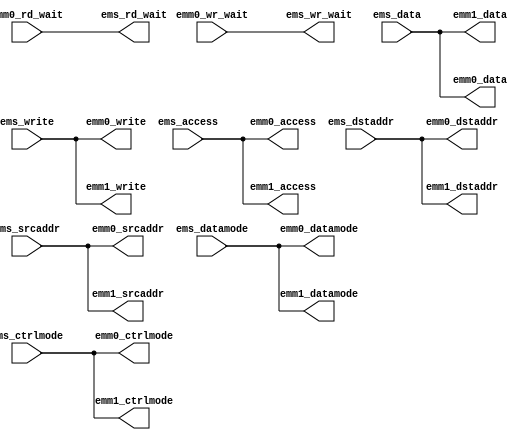
module emesh_split (
   ems_rd_wait, ems_wr_wait, emm0_access, emm0_write, emm0_datamode,
   emm0_ctrlmode, emm0_dstaddr, emm0_srcaddr, emm0_data, emm1_access,
   emm1_write, emm1_datamode, emm1_ctrlmode, emm1_dstaddr,
   emm1_srcaddr, emm1_data,
   ems_access, ems_write, ems_datamode, ems_ctrlmode, ems_dstaddr,
   ems_srcaddr, ems_data, emm0_rd_wait, emm0_wr_wait
   );
   input         ems_access;
   input         ems_write;
   input [1:0]   ems_datamode;
   input [3:0]   ems_ctrlmode;
   input [31:0]  ems_dstaddr;
   input [31:0]  ems_srcaddr;
   input [31:0]  ems_data;
   output        ems_rd_wait;
   output        ems_wr_wait;
   output        emm0_access;
   output        emm0_write;
   output [1:0]  emm0_datamode;
   output [3:0]  emm0_ctrlmode;
   output [31:0] emm0_dstaddr;
   output [31:0] emm0_srcaddr;
   output [31:0] emm0_data;
   input         emm0_rd_wait;
   input         emm0_wr_wait;
   output        emm1_access;
   output        emm1_write;
   output [1:0]  emm1_datamode;
   output [3:0]  emm1_ctrlmode;
   output [31:0] emm1_dstaddr;
   output [31:0] emm1_srcaddr;
   output [31:0] emm1_data;
   wire        emm0_access   = ems_access;    
   wire        emm0_write    = ems_write;    
   wire [1:0]  emm0_datamode = ems_datamode; 
   wire [3:0]  emm0_ctrlmode = ems_ctrlmode; 
   wire [31:0] emm0_dstaddr  = ems_dstaddr;  
   wire [31:0] emm0_srcaddr  = ems_srcaddr;  
   wire [31:0] emm0_data     = ems_data;
   wire        emm1_access   = ems_access;  
   wire        emm1_write    = ems_write;   
   wire [1:0]  emm1_datamode = ems_datamode;
   wire [3:0]  emm1_ctrlmode = ems_ctrlmode;
   wire [31:0] emm1_dstaddr  = ems_dstaddr; 
   wire [31:0] emm1_srcaddr  = ems_srcaddr; 
   wire [31:0] emm1_data     = ems_data;    
   wire          ems_rd_wait = emm0_rd_wait;
   wire          ems_wr_wait = emm0_wr_wait;
endmodule